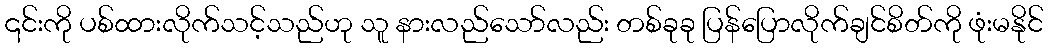
၎င်းကို ပစ်ထားလိုက်သင့်သည်ဟု သူ နားလည်သော်လည်း တစ်ခုခု ပြန်ပြောလိုက်ချင်စိတ်ကို ဖုံးမနိုင်